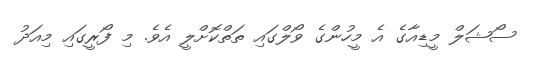
ސޯޝަލް މީޑިއާގެ އެ މީހުންގެ ވޯލްގައި ތަތްްކޮށްލީ އެވެ. މި ފޯރީގައި މިއަދު